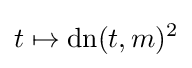
t\mapsto \operatorname {dn} (t,m)^{2}